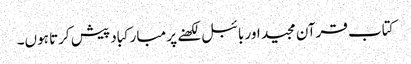
کتاب قرآن مجید اور بائبل لکھنے پر مبارکباد پیش کرتا ہوں۔